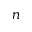
n